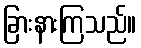
ခြားနားကြသည်။